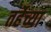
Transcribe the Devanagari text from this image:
तर्हेच्या